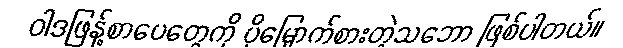
ဝါဒဖြန့်စာပေတွေကို ပိုမြှောက်စားတဲ့သဘော ဖြစ်ပါတယ်။